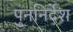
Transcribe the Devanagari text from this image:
पुननिर्देश